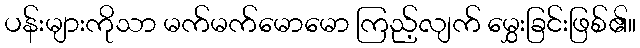
ပန်းများကိုသာ မက်မက်မောမော ကြည့်လျက် မွှေးခြင်းဖြစ်၏။